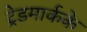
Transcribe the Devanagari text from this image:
ट्रेडमार्कके